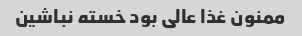
ممنون غذا عالی بود خسته نباشین